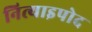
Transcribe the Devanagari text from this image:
नित्याइपोद